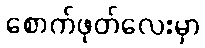
စောက်ဖုတ်လေးမှာ